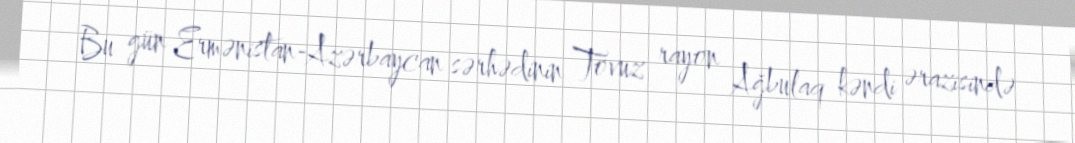
Bu gün Ermənistan-Azərbaycan sərhədinin Tovuz rayon Ağbulaq kəndi ərazisində